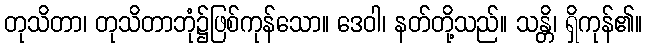
တုသိတာ၊ တုသိတာဘုံ၌ဖြစ်ကုန်သော။ ဒေဝါ၊ နတ်တို့သည်။ သန္တိ၊ ရှိကုန်၏။